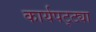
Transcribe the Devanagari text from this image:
कार्यपट्ट्या